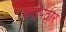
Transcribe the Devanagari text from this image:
कडेपठार